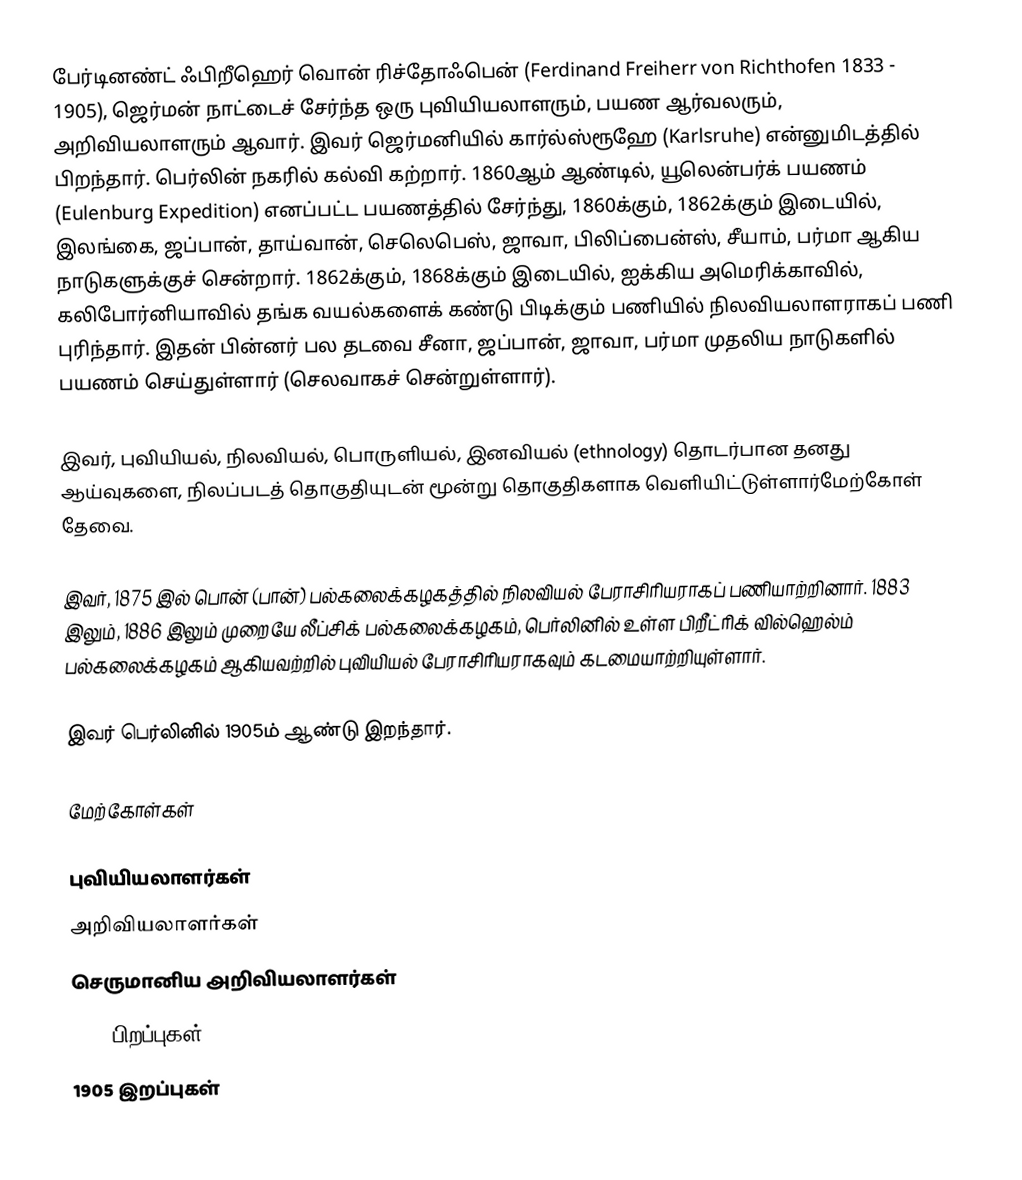
பேர்டினண்ட் ஃபிறீஹெர் வொன் ரிச்தோஃபென் (Ferdinand Freiherr von Richthofen 1833 - 1905), ஜெர்மன் நாட்டைச் சேர்ந்த ஒரு புவியியலாளரும், பயண ஆர்வலரும், அறிவியலாளரும் ஆவார். இவர் ஜெர்மனியில் கார்ல்ஸ்ரூஹே (Karlsruhe) என்னுமிடத்தில் பிறந்தார். பெர்லின் நகரில் கல்வி கற்றார். 1860ஆம் ஆண்டில், யூலென்பர்க் பயணம் (Eulenburg Expedition) எனப்பட்ட பயணத்தில் சேர்ந்து, 1860க்கும், 1862க்கும் இடையில், இலங்கை, ஜப்பான், தாய்வான், செலெபெஸ், ஜாவா, பிலிப்பைன்ஸ், சீயாம், பர்மா ஆகிய நாடுகளுக்குச் சென்றார். 1862க்கும், 1868க்கும் இடையில், ஐக்கிய அமெரிக்காவில், கலிபோர்னியாவில் தங்க வயல்களைக் கண்டு பிடிக்கும் பணியில் நிலவியலாளராகப் பணி புரிந்தார். இதன் பின்னர் பல தடவை சீனா, ஜப்பான், ஜாவா, பர்மா முதலிய நாடுகளில் பயணம் செய்துள்ளார் (செலவாகச் சென்றுள்ளார்).

இவர், புவியியல், நிலவியல், பொருளியல், இனவியல் (ethnology) தொடர்பான தனது ஆய்வுகளை, நிலப்படத் தொகுதியுடன் மூன்று தொகுதிகளாக வெளியிட்டுள்ளார்மேற்கோள் தேவை.

இவர், 1875 இல் பொன் (பான்) பல்கலைக்கழகத்தில் நிலவியல் பேராசிரியராகப் பணியாற்றினார். 1883 இலும், 1886 இலும் முறையே லீப்சிக் பல்கலைக்கழகம், பெர்லினில் உள்ள பிறீட்ரிக் வில்ஹெல்ம் பல்கலைக்கழகம் ஆகியவற்றில் புவியியல் பேராசிரியராகவும் கடமையாற்றியுள்ளார்.

இவர் பெர்லினில் 1905ம் ஆண்டு இறந்தார்.

மேற்கோள்கள்

புவியியலாளர்கள்
அறிவியலாளர்கள்
செருமானிய அறிவியலாளர்கள்
1833 பிறப்புகள்
1905 இறப்புகள்